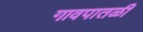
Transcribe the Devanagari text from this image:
गावपातळी